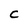
Character: C